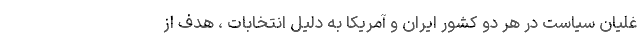
غلیان سیاست در هر دو کشور ایران و آمریکا به دلیل انتخابات ، هدف از